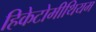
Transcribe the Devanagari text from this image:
हिकेटोमीथियम